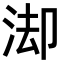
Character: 𭰚